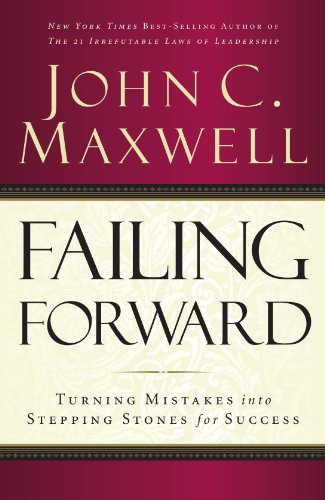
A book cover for Failing Forward: Turning Mistakes into Stepping Stones for Success; John C. Maxwell; Business & Money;